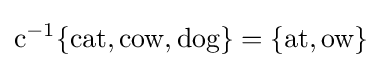
{\text{c}}^{-1}\{{\text{cat}},{\text{cow}},{\text{dog}}\}=\{{\text{at}},{\text{ow}}\}